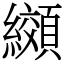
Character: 纐